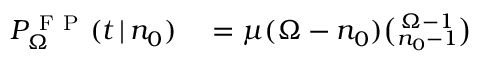
\begin{array} { r l } { P _ { \Omega } ^ { \mathrm { ~ F ~ P ~ } } ( t \, | \, n _ { 0 } ) } & { { } = \mu ( \Omega - n _ { 0 } ) { \binom { \Omega - 1 } { n _ { 0 } - 1 } } } \end{array}